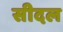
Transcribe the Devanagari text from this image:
सीदल